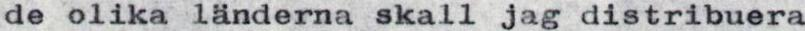
de olika länderna skall jag distribuera